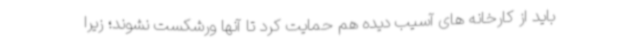
باید از کارخانه های آسیب دیده هم حمایت کرد تا آنها ورشکست نشوند؛ زیرا